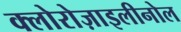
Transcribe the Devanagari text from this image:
क्लोरोज़ाइलीनोल